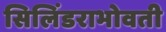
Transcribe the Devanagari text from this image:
सिलिंडराभोवती